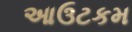
આઉટકમ